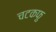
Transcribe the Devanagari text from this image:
चटकफु